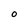
Character: O